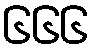
၆၆၆